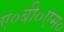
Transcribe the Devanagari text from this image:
ए०बी०एम०